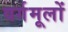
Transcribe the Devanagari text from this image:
वर्गमूलों